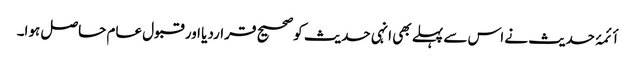
أئمۂ حدیث نے اس سے پہلے بھی انہی حدیث کوصحیح قراردیا اور قبول عام حاصل ہوا۔